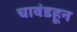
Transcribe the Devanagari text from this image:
चावंडहून